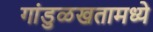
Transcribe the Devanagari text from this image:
गांडुळखतामध्ये